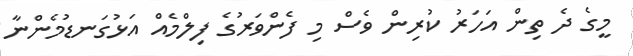
މީގެ ދެ ތިން އަހަރު ކުރިން ވެސް މި ފެންވަރުގެ ފިލްމެއް އަޅުގަނޑުމެންނާ